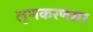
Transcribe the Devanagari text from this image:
लुणकरणसर